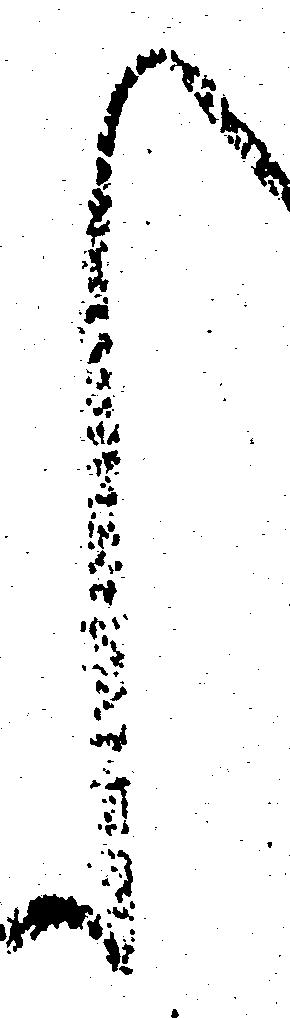
く